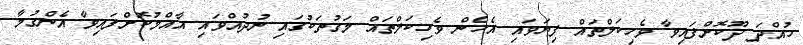
ހުއްދަ ދޫކޮށްފައިވާ ވެހިކަލްތައް ފިޔަވައި އެހެން ވެހިކަލްތައް މަގުތަކުގައި ނުދުއްވައި އާއްމުކޮށްފައިވާ އެންގުމާ